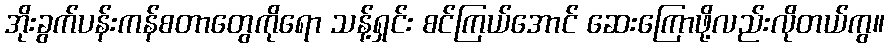
အိုးခွက်ပန်းကန်စတာတွေကိုရော သန့်ရှင်း စင်ကြယ်အောင် ဆေးကြောဖို့လည်းလိုတယ်ကွ။